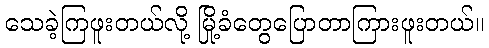
သေခဲ့ကြဖူးတယ်လို့ မြို့ခံတွေပြောတာကြားဖူးတယ်။